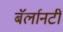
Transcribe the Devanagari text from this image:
बॅर्लानटी